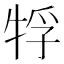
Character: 𤙤